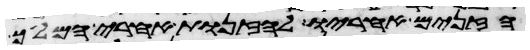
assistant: הזנים אחריו לזנות אחרי המלך